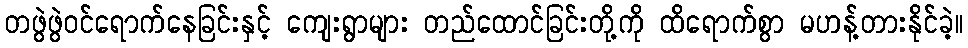
တဖွဲဖွဲဝင်ရောက်နေခြင်းနှင့် ကျေးရွာများ တည်ထောင်ခြင်းတို့ကို ထိရောက်စွာ မဟန့်တားနိုင်ခဲ့။